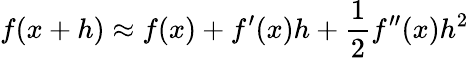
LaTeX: f(x+h)\approx f(x)+f^{\prime}(x)h+{\frac{1}{2}}f^{\prime\prime}(x)h^{2}